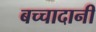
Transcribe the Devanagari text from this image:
बच्चादानी